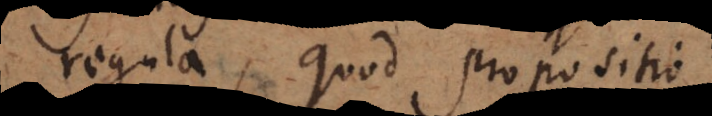
regula, quod propositio